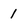
Character: 1